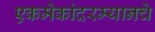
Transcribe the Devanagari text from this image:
एकमेकांदरम्यानचे